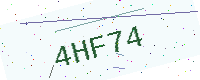
Text: 4HF74